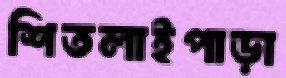
শিতলাইপাড়া